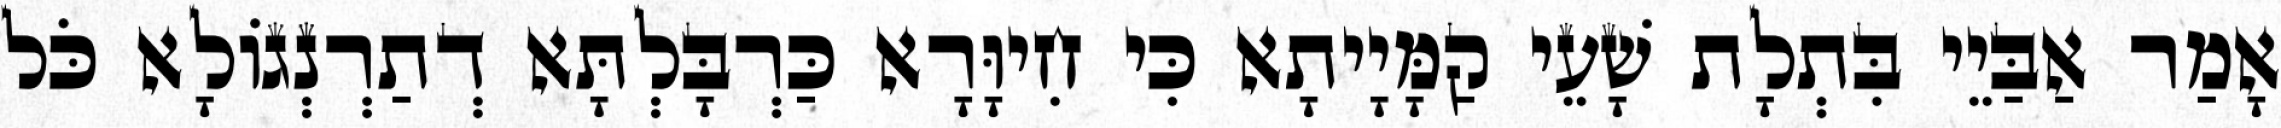
אָמַר אַבַּיֵי בִּתְלָת שָׁעֵי קַמָּיָיתָא כִּי חִיוָּרָא כַּרְבָּלְתָּא דְתַרְנְגוֹלָא כֹּל